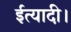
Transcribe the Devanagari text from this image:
ईत्यादी।